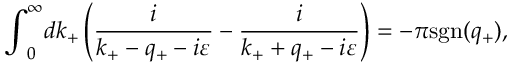
{ \int } _ { 0 } ^ { \infty } d k _ { + } \left( \frac { i } { k _ { + } - q _ { + } - i { \varepsilon } } - \frac { i } { k _ { + } + q _ { + } - i { \varepsilon } } \right) = - { \pi } \mathrm { s g n } ( q _ { + } ) ,